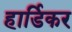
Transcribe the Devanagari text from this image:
हार्डिकर